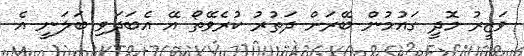
ވަޒީރު މޮދީ ގައުމުން ބޭރަށް ދަތުރު ކުރެވޭތޯ އޭ އެބަދަވި ބަލަނީ އެ